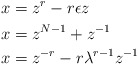
\begin{align*}x & =z^{r}- r\epsilon z & \\ x & = z^{N-1}+ z^{-1} & \\ x & = z^{-r} - r\lambda^{r-1} z^{-1} & \end{align*}